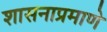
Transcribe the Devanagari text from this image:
शासनाप्रमाणे